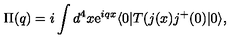
\Pi ( q ) = i \int d ^ { 4 } x \mathrm { e } ^ { i q x } \langle 0 | T ( j ( x ) j ^ { + } ( 0 ) | 0 \rangle ,